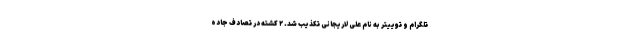
تلگرام و توییتر به نام علی لاریجانی تکذیب شد. ۲ کشته در تصادف جاده